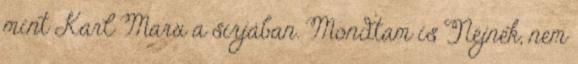
mint Karl Marx a sírjában. Mondtam is Nejnek, nem